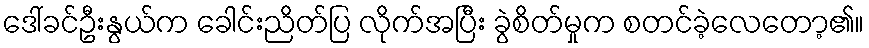
ဒေါ်ခင်ဦးနွယ်က ခေါင်းညိတ်ပြ လိုက်အပြီး ခွဲစိတ်မှုက စတင်ခဲ့လေတော့၏။